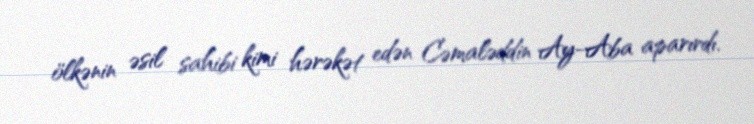
ölkənin əsil sahibi kimi hərəkət edən Cəmaləddin Ay-Aba aparırdı.